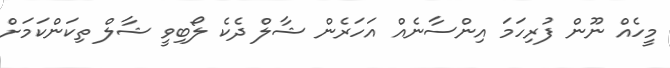
މީހެއް ނޫން ފުރިހަމަ އިންސާނެއް އަހަރެން ޝާލް ދެކެ ލޯބިވީ ޝާލް ތިކަންކަމަށް